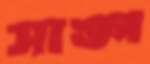
সাঙ্গ